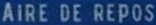
AIRE DE REPOS